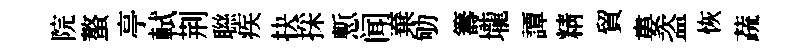
院螯亭軾荆聮疾抉採慙闻棄劬籌壠譚精貿婁盗恢蔬